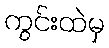
ကွင်းထဲမှ